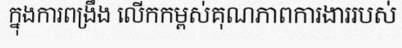
ក្នុងការពង្រឹង លើកកម្ពស់គុណភាពការងាររបស់